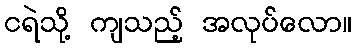
ငရဲသို့ ကျသည့် အလုပ်လော။